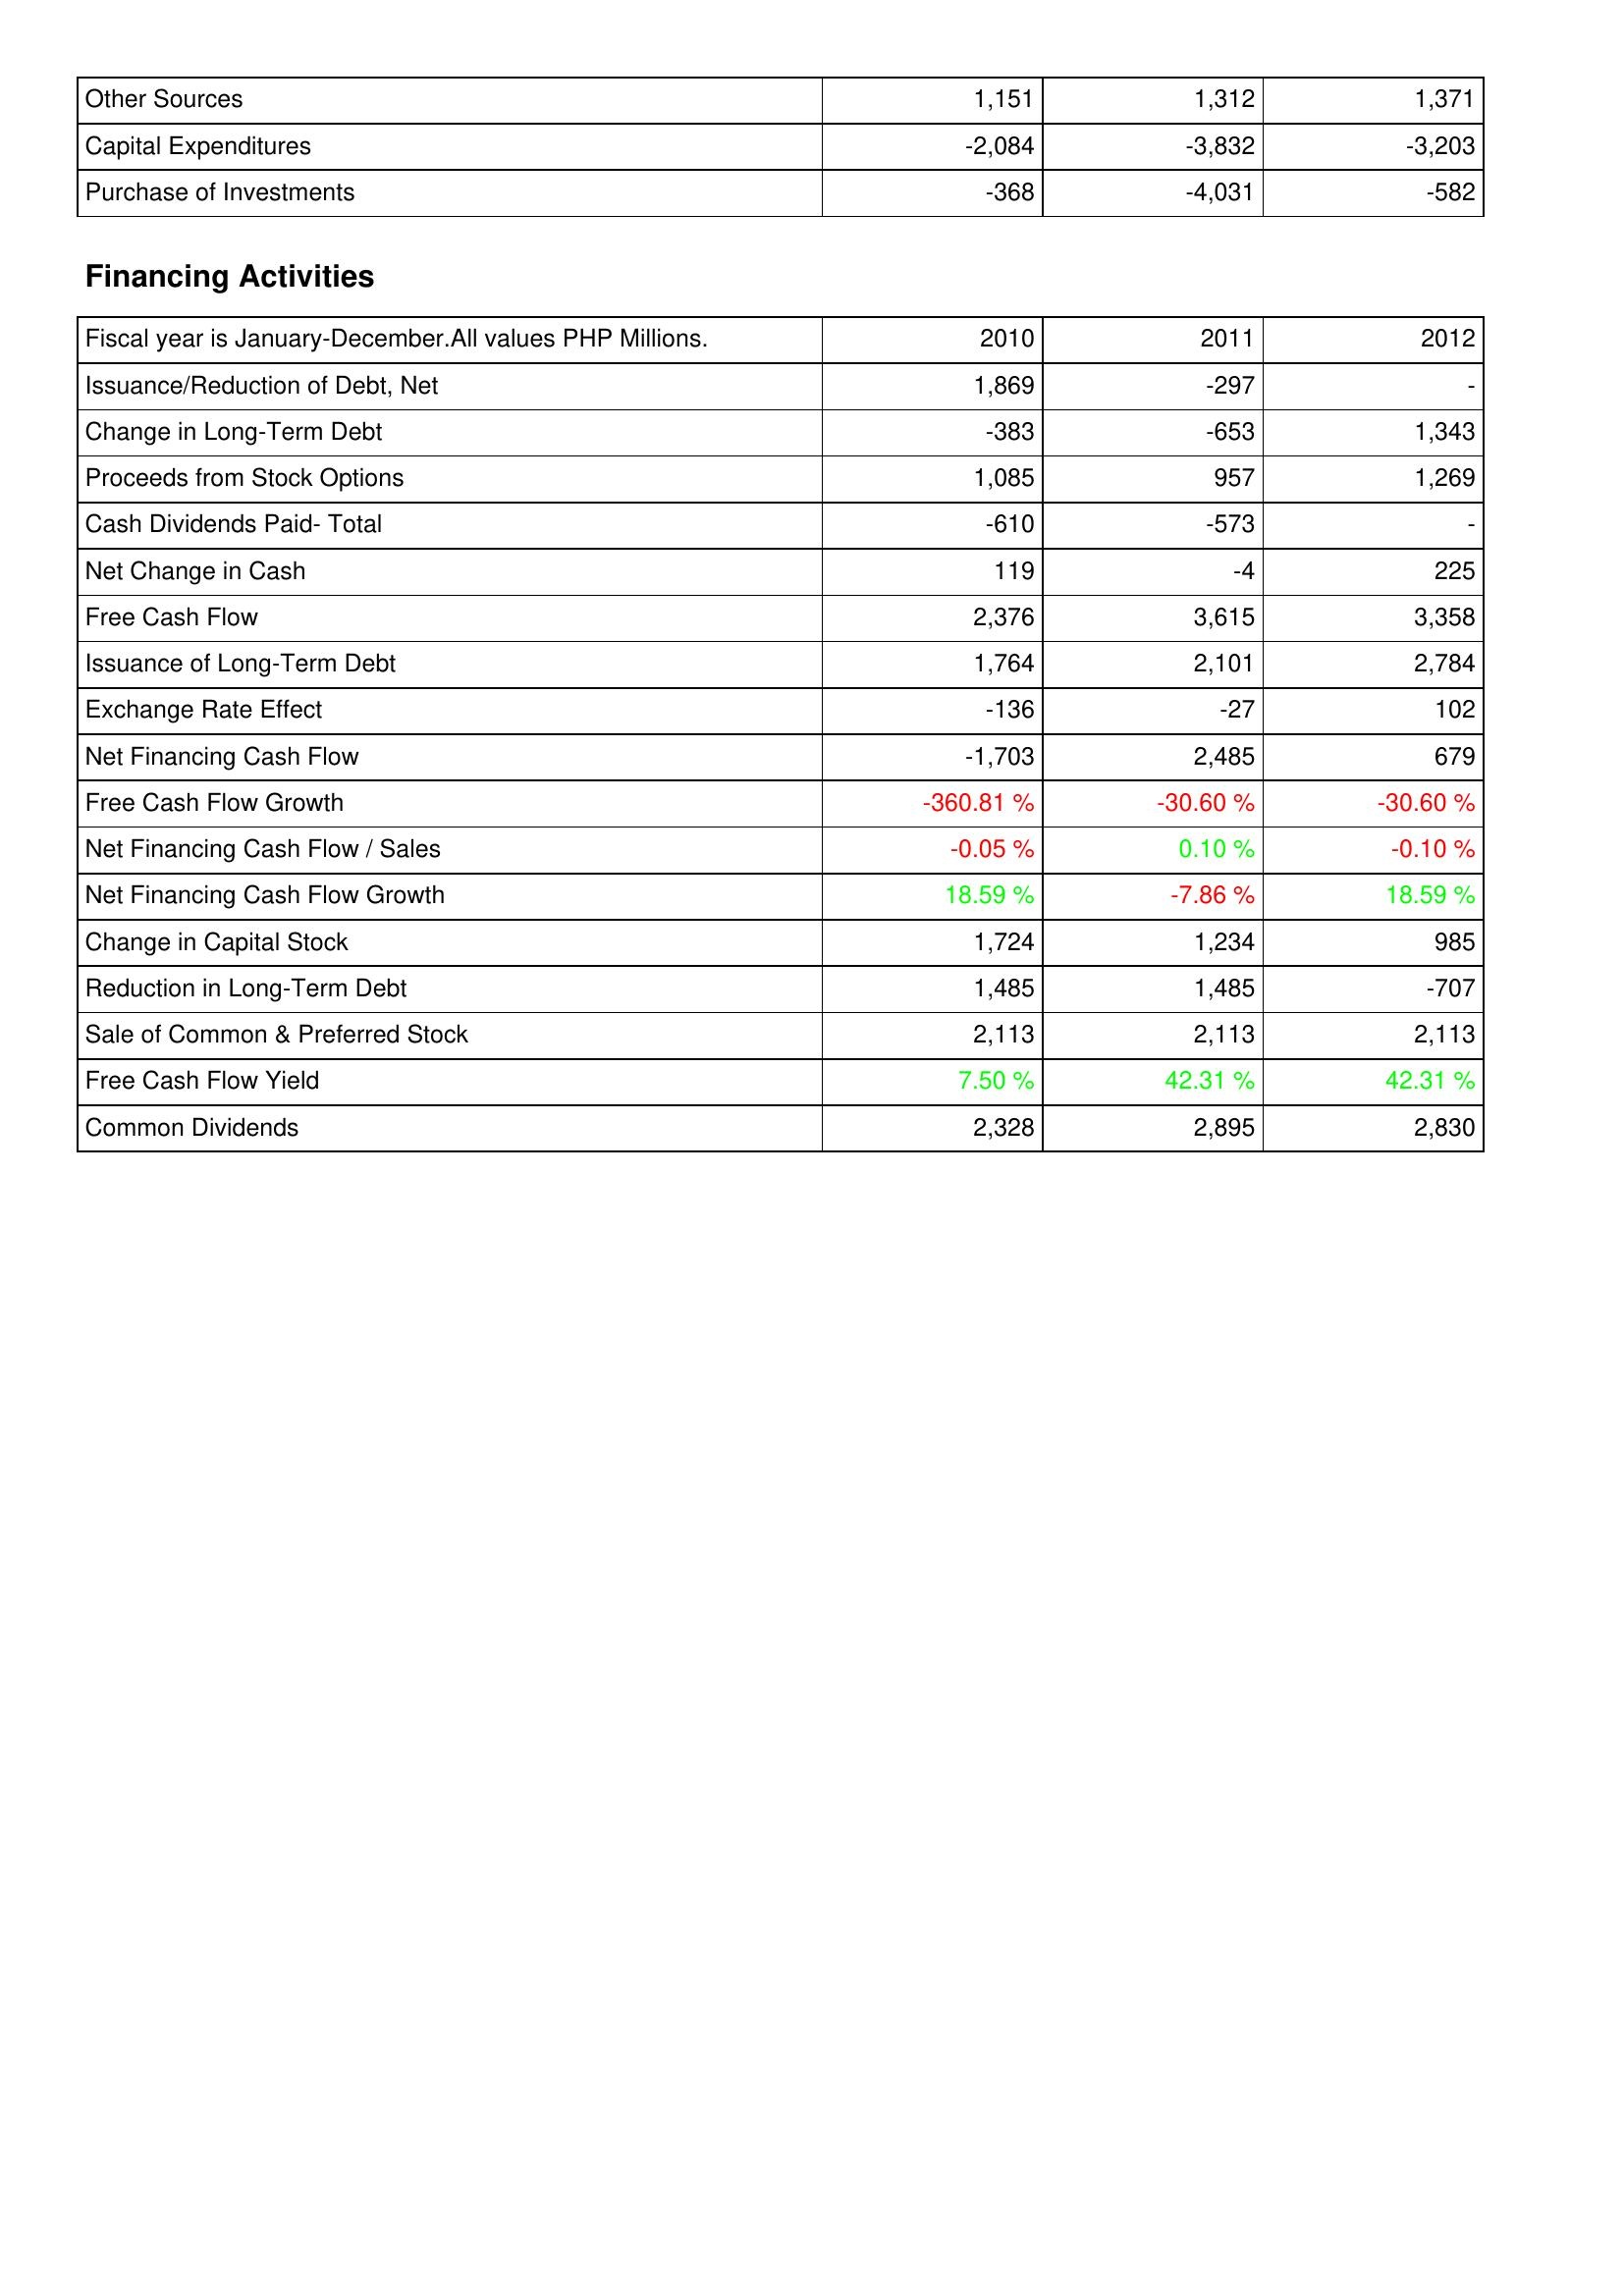
2010: Investing Activities: Other Sources: 1,151
Capital Expenditures: -2,084
Purchase of Investments: -368
Financing Activities: Issuance/Reduction of Debt, Net: 1,869
Change in Long-Term Debt: -383
Proceeds from Stock Options: 1,085
Cash Dividends Paid- Total: -610
Net Change in Cash: 119
Free Cash Flow: 2,376
Issuance of Long-Term Debt: 1,764
Exchange Rate Effect: -136
Net Financing Cash Flow: -1,703
Free Cash Flow Growth: -360.81 %
Net Financing Cash Flow / Sales: -0.05 %
Net Financing Cash Flow Growth: 18.59 %
Change in Capital Stock: 1,724
Reduction in Long-Term Debt: 1,485
Sale of Common & Preferred Stock: 2,113
Free Cash Flow Yield: 7.50 %
Common Dividends: 2,328
2011: Investing Activities: Other Sources: 1,312
Capital Expenditures: -3,832
Purchase of Investments: -4,031
Financing Activities: Issuance/Reduction of Debt, Net: -297
Change in Long-Term Debt: -653
Proceeds from Stock Options: 957
Cash Dividends Paid- Total: -573
Net Change in Cash: -4
Free Cash Flow: 3,615
Issuance of Long-Term Debt: 2,101
Exchange Rate Effect: -27
Net Financing Cash Flow: 2,485
Free Cash Flow Growth: -30.60 %
Net Financing Cash Flow / Sales: 0.10 %
Net Financing Cash Flow Growth: -7.86 %
Change in Capital Stock: 1,234
Reduction in Long-Term Debt: 1,485
Sale of Common & Preferred Stock: 2,113
Free Cash Flow Yield: 42.31 %
Common Dividends: 2,895
2012: Investing Activities: Other Sources: 1,371
Capital Expenditures: -3,203
Purchase of Investments: -582
Financing Activities: Issuance/Reduction of Debt, Net: -
Change in Long-Term Debt: 1,343
Proceeds from Stock Options: 1,269
Cash Dividends Paid- Total: -
Net Change in Cash: 225
Free Cash Flow: 3,358
Issuance of Long-Term Debt: 2,784
Exchange Rate Effect: 102
Net Financing Cash Flow: 679
Free Cash Flow Growth: -30.60 %
Net Financing Cash Flow / Sales: -0.10 %
Net Financing Cash Flow Growth: 18.59 %
Change in Capital Stock: 985
Reduction in Long-Term Debt: -707
Sale of Common & Preferred Stock: 2,113
Free Cash Flow Yield: 42.31 %
Common Dividends: 2,830